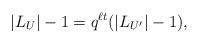
LaTeX: \begin{align*}\lvert L_U \rvert-1 = q^{\ell t} (\lvert L_{U'} \rvert-1),\end{align*}